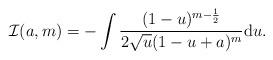
LaTeX: \begin{align*}\mathcal{I}(a,m) = - \int \frac{(1-u)^{m - \frac{1}{2}}}{2 \sqrt{u} (1 - u + a)^{m} } {\rm d}u. \end{align*}